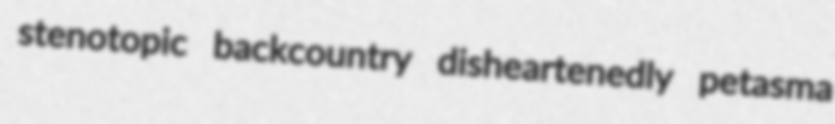
stenotopic backcountry disheartenedly petasma